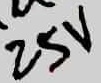
Text: 25V